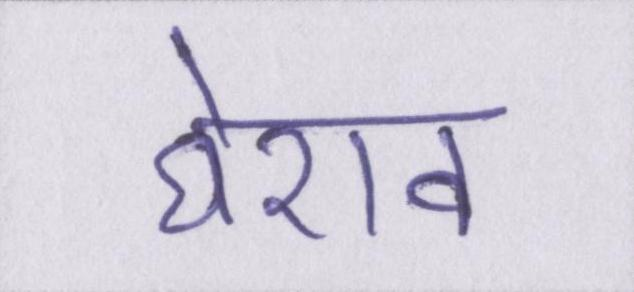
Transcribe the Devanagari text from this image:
घेराव